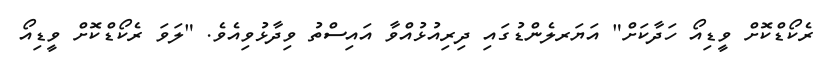
ރެކޯޑްކޮށް ވީޑިއޯ ހަދާކަށް" އަޔަރލެންޑުގައި ދިރިއުޅުއްވާ އައިސްތު ވިދާޅުވިއެވެ. "ލަވަ ރެކޯޑްކޮށް ވީޑިއޯ